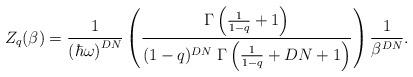
LaTeX: \begin{align*}Z_{q}(\beta) = \frac{1}{\left(\hbar\omega\right)^{DN}} \left(\frac{\Gamma\left(\frac{1}{1-q} +1 \right)}{(1-q)^{DN}\; \Gamma\left(\frac{1}{1-q} + DN + 1\right)}\right) \frac{1}{\beta^{DN}}.\end{align*}